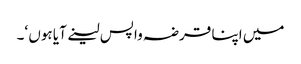
میں اپنا قرضہ واپس لینے آیا ہوں ‘۔